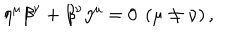
\eta ^ { \mu } \beta ^ { \nu } + \beta ^ { \nu } \eta ^ { \mu } = 0 \ \left( \mu \neq \nu \right) ,